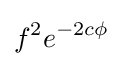
f^{2}e^{-2c\phi }